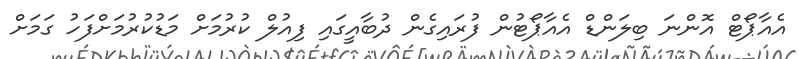
އެއާޕޯޓް އޮންނަ ބިލަންޑް އެއާޕޯޓުން ފުރައިގެން ދުބާއީގައި ފިއުލް ކުރުމަށް މަޑުކުރުމަށްފަހު ގަމަށް